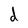
Character: d